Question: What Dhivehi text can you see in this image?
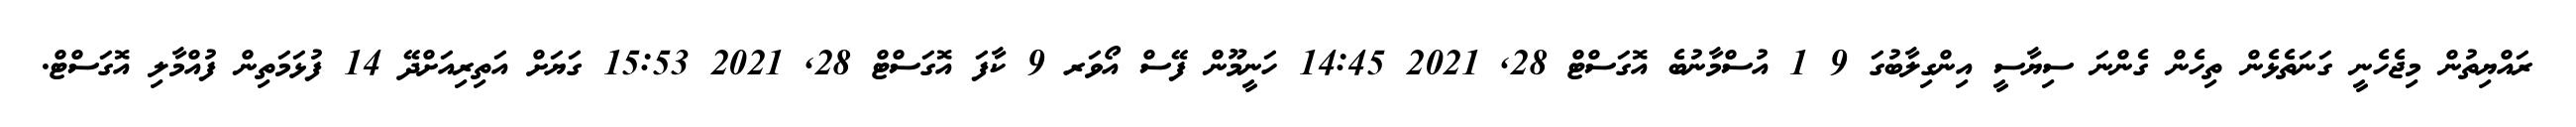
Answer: ރައްޔިތުން މިޖެހެނީ ގަނަތެޅެން ތިހެން ގެންނަ ސިޔާސީ އިންގިލާބުގަ 9 1 އުސްމާނުބެ އޮގަސްޓް 28, 2021 14:45 ހަނީމޫން ފޭސް އޯވަރ 9 ކާފަ އޮގަސްޓް 28, 2021 15:53 ގަޔަށް އަތިރިއަށްދޭ 14 ފުޅަމަތިން ފުއްމާލި އޮގަސްޓް.